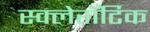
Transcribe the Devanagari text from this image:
स्क्लेरॉटिक